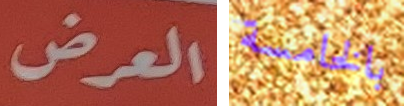
العرض بالخامسة